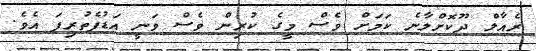
ރެއާލް ދޫކޮށްލާނެ ކަމަށް ވެސް މީގެ ކުރިން ވެސް ވަނީ އަޑުފެތުރިފަ އެވެ.